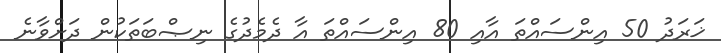
ޚަރަދު 50 އިންސައްތަ އާއި 80 އިންސައްތަ އާ ދެމެދުގެ ނިޞްބަތަކުން ދަށްވާނެ